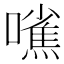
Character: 𱕘